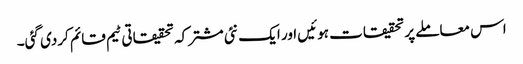
اس معاملے پر تحقیقات ہوئیں اور ایک نئی مشترکہ تحقیقاتی ٹیم قائم کردی گئی۔